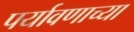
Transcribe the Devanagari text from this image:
पर्यावणाच्या